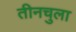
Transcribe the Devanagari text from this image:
तीनचुला